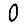
Digit: 0